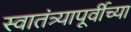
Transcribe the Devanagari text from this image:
स्वातंत्र्यापूर्वीच्या